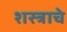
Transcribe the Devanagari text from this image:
शस्त्राचे